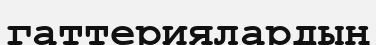
гаттериялардың